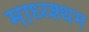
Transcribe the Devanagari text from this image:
माध्य्श्थम